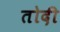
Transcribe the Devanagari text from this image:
तोदी